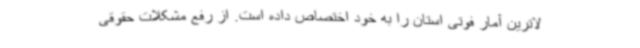
لاترین آمار فوتی استان را به خود اختصاص داده است. از رفع مشکلات حقوقی